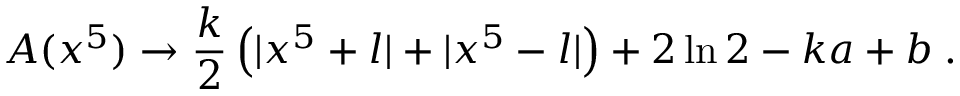
A ( x ^ { 5 } ) \rightarrow \frac { k } { 2 } \left( | x ^ { 5 } + l | + | x ^ { 5 } - l | \right) + 2 \ln 2 - k a + b \; .